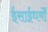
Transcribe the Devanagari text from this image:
ईसाईधर्मों